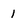
Character: 1